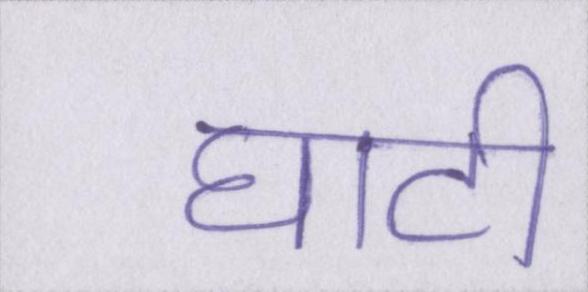
घाटी